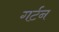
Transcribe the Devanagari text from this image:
गर्टन